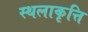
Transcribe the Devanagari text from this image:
स्थलाकृत्ति